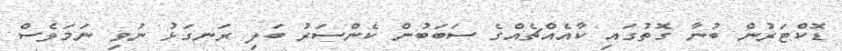
ޑޮކްޓަރުން ބުނާ ގޮތުގައި ކާއެއްޗެއްގެ ސަބަބުން ކެންސަރު ބަލި ރަނގަޅު ނުވި ނަމަވެސް